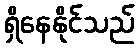
ရှိနေနိုင်သည်